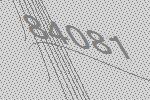
84081